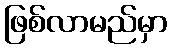
ဖြစ်လာမည်မှာ